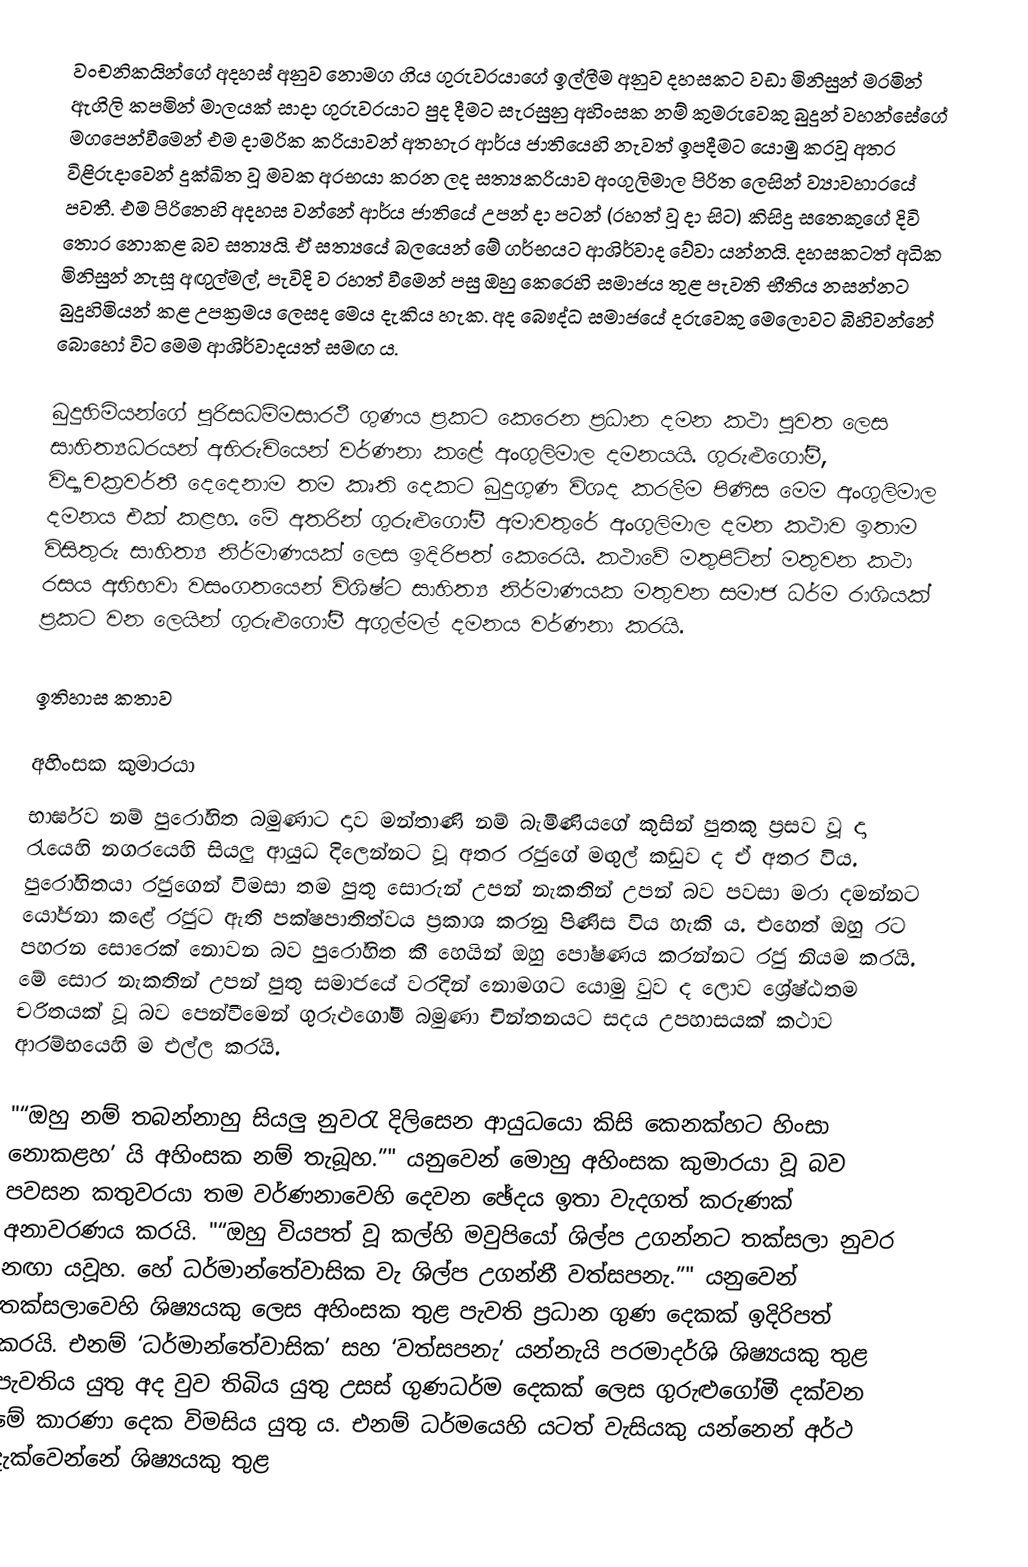
වංචනිකයින්ගේ අදහස් අනුව නොමග ගිය ගුරුවරයාගේ ඉල්ලීම අනුව දහසකට වඩා මිනිසුන් මරමින් ඇගිලි කපමින් මාලයක් සාදා ගුරුවරයාට පුද දීමට සැරසුනු අහිංසක නම් කුමරුවෙකු බුදුන් වහන්සේගේ මගපෙන්වීමෙන් එම දාමරික ක‍්‍රියාවන් අතහැර ආර්ය ජාතියෙහි නැවත් ඉපදීමට යොමු කරවූ අතර විළිරුදාවෙන් දුක්‍ඛිත වූ මවක අරභයා කරන ලද සත්‍යක‍්‍රියාව අංගුලිමාල පිරිත ලෙසින් ව්‍යාවහාරයේ පවතී. එම පිරිතෙහි අදහස වන්නේ ආර්ය ජාතියේ උපන් දා පටන් (රහත් වූ දා සිට) කිසිදු සතෙකුගේ දිවි තොර නොකළ බව සත්‍යයි. ඒ සත්‍යයේ බලයෙන් මේ ගර්භයට ආශිර්වාද වේවා යන්නයි. දහසකටත් අධික මිනිසුන් නැසූ අඟුල්මල්, පැවිදි ව රහත් වීමෙන් පසු ඔහු කෙරෙහි සමාජය තුළ පැවති භීතිය නසන්නට බුදුහිමියන් කළ උපක්‍රමය ලෙසද මෙය දැකිය හැක. අද බෞද්ධ සමාජයේ දරුවෙකු මෙලොවට බිහිවන්නේ බොහෝ විට මෙම ආශිර්වාදයත් සමඟ ය.

බුදුහිමියන්ගේ පුරිසධම්මසාරථී ගුණය ප්‍රකට කෙරෙන ප්‍රධාන දමන කථා පුවත ලෙස සාහිත්‍යධරයන් අභිරුචියෙන් වර්ණනා කළේ අංගුලිමාල දමනයයි. ගුරුළුගෝමී, විද්‍යාචක්‍රවර්තී දෙදෙනාම තම කෘති දෙකට බුදුගුණ විශද කරලීම පිණිස මෙම අංගුලිමාල දමනය එක් කළහ. මේ අතරින් ගුරුළුගෝමී අමාවතුරේ අංගුලිමාල දමන කථාව ඉතාම විසිතුරු සාහිත්‍ය නිර්මාණයක් ලෙස ඉදිරිපත් කෙරෙයි. කථාවේ මතුපිටින් මතුවන කථා රසය අභිභවා වසංගතයෙන් විශිෂ්ට සාහිත්‍ය නිර්මාණයක මතුවන සමාජ ධර්ම රාශියක් ප්‍රකට වන ලෙයින් ගුරුළුගෝමී අගුල්මල් දමනය වර්ණනා කරයි.

ඉතිහාස කතාව

අහිංසක කුමාරයා
භාර්ඝව නම් පුරෝහිත බමුණාට දාව මන්තාණි නම් බැමිණියගේ කුසින් පුතකු ප්‍රසව වූ දා රැයෙහි නගරයෙහි සියලු ආයුධ දිලෙන්නට වූ අතර රජුගේ මඟුල් කඩුව ද ඒ අතර විය. පුරෝහිතයා රජුගෙන් විමසා තම පුතු සොරුන් උපන් නැකතින් උපන් බව පවසා මරා දමන්නට යෝජනා කළේ රජුට ඇති පක්ෂපාතිත්වය ප්‍රකාශ කරනු පිණිස විය හැකි ය. එහෙත් ඔහු රට පහරන සොරෙක් නොවන බව පුරෝහිත කී හෙයින් ඔහු පෝෂණය කරන්නට රජු නියම කරයි. මේ සොර නැකතින් උපන් පුතු සමාජයේ වරදින් නොමගට යොමු වුව ද ලොව ශ්‍රේෂ්ඨතම චරිතයක් වූ බව පෙන්වීමෙන් ගුරුළුගෝමී බමුණා චින්තනයට සදය උපහාසයක් කථාව ආරම්භයෙහි ම එල්ල කරයි.

"“ඔහු නම් තබන්නාහු සියලු නුවරැ දිලිසෙන ආයුධයො කිසි කෙනක්හට හිංසා නොකළහ’ යි අහිංසක නම් තැබූහ.”" යනුවෙන් මොහු අහිංසක කුමාරයා වූ බව පවසන කතුවරයා තම වර්ණනාවෙහි දෙවන ඡේදය ඉතා වැදගත් කරුණක් අනාවරණය කරයි. "“ඔහු වියපත් වූ කල්හි මවුපියෝ ශිල්ප උගන්නට තක්සලා නුවර නඟා යවූහ. හේ ධර්මාන්තේවාසික වැ ශිල්ප උගන්නී වත්සපනැ.”" යනුවෙන් තක්සලාවෙහි ශිෂ්‍යයකු ලෙස අහිංසක තුළ පැවති ප්‍රධාන ගුණ දෙකක් ඉදිරිපත් කරයි. එනම් ‘ධර්මාන්තේවාසික’ සහ ‘වත්සපනැ’ යන්නැයි පරමාදර්ශි ශිෂ්‍යයකු තුළ පැවතිය යුතු අද වුව තිබිය යුතු උසස් ගුණධර්ම දෙකක් ලෙස ගුරුළුගෝමී දක්වන මේ කාරණා දෙක විමසිය යුතු ය. එනම් ධර්මයෙහි යටත් වැසියකු යන්නෙන් අර්ථ දැක්වෙන්නේ ශිෂ්‍යයකු තුළ